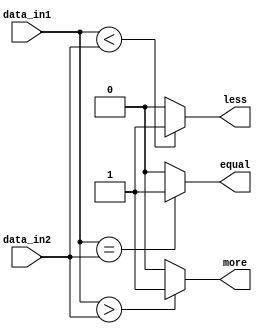
`timescale 1ns / 1ps
//////////////////////////////////////////////////////////////////////////////////
//
// 
// Design Name: 
// Module Name: Compare
// Project Name: MIPS CPU
// Target Devices: Nexys 4 DDR
// 
//////////////////////////////////////////////////////////////////////////////////


module Compare #(
        parameter DATA_WIDTH = 32
    )(
        input [DATA_WIDTH - 1:0] data_in1,
        input [DATA_WIDTH - 1:0] data_in2,
        output more, equal, less
    );
    assign more = ($signed(data_in1) > $signed(data_in2)) ? 1 : 0;
    assign equal = ($signed(data_in1) == $signed(data_in2)) ? 1 : 0;
    assign less = ($signed(data_in1) < $signed(data_in2)) ? 1 : 0;
endmodule